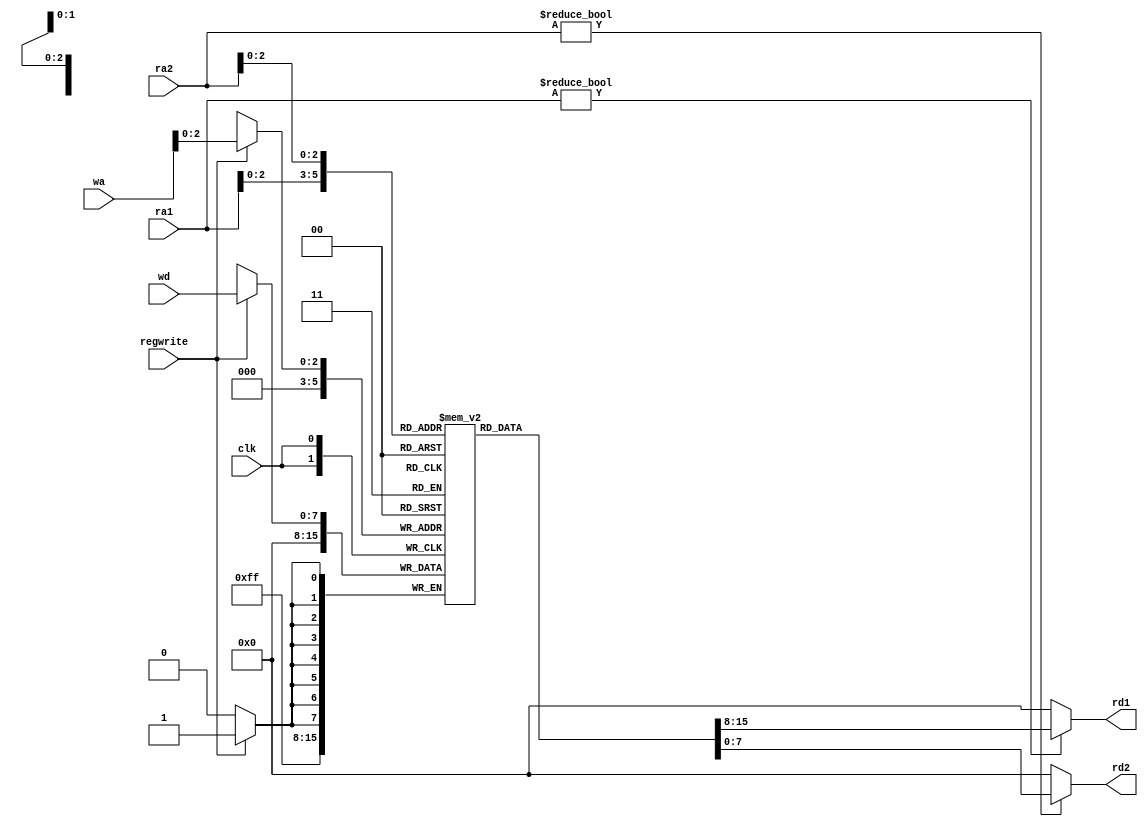
module regfile #(parameter WIDTH = 8, REGBITS = 5) (rd1, rd2, clk, regwrite, ra1, ra2, wa, wd);
    input clk;
    input regwrite;
    input [REGBITS-1:0] ra1, ra2, wa;
    input [WIDTH-1:0] wd;
    output [WIDTH-1:0] rd1, rd2;
    
    reg [WIDTH-1:0] CPURegs [7:0];
    
    
    
    always @(posedge clk) begin
            if (regwrite) CPURegs[wa] <= wd;
            CPURegs[0] <= 0;
    end
        
    assign rd1 = ra1 ? CPURegs[ra1] : 0;
    assign rd2 = ra2 ? CPURegs[ra2] : 0;
endmodule